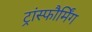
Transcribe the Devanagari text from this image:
ट्रांस्फौर्मिंग